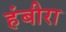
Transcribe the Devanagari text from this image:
हंबीरा